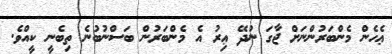
ޢެހެން މެންބަަރުންނަށް ޖާގަ ނުދޭ ޢިރު އެ މެންބަރުން ބަަސްނުބުނެ ތިބެނީ ކީއްވެ.